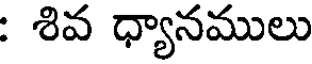
: శివ ధ్యానములు